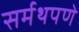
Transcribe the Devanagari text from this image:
सर्मथपणे